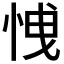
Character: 𢚕